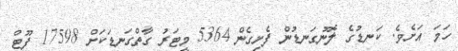
ހަމަ އަށެވެ. ކަނޑުގެ ލޮނުގަނޑުން ފެށިގެން 5364 މީޓަރު ގާތްގަނޑަކަށް 17598 ފޫޓް